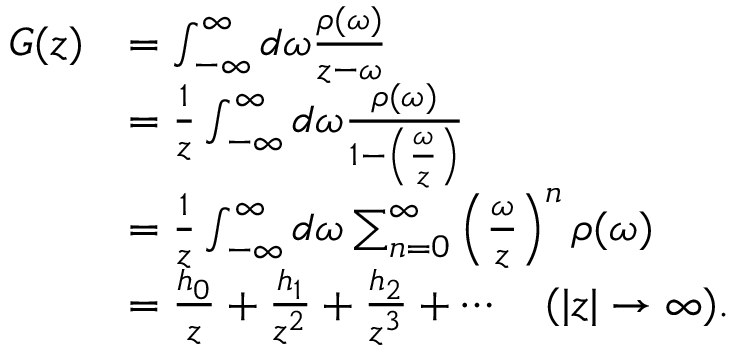
\begin{array} { r l } { G ( z ) } & { = \int _ { - \infty } ^ { \infty } d \omega \frac { \rho ( \omega ) } { z - \omega } } \\ & { = \frac { 1 } { z } \int _ { - \infty } ^ { \infty } d \omega \frac { \rho ( \omega ) } { 1 - \left( \frac { \omega } { z } \right) } } \\ & { = \frac { 1 } { z } \int _ { - \infty } ^ { \infty } d \omega \sum _ { n = 0 } ^ { \infty } \left( \frac { \omega } { z } \right) ^ { n } \rho ( \omega ) } \\ & { = \frac { h _ { 0 } } { z } + \frac { h _ { 1 } } { z ^ { 2 } } + \frac { h _ { 2 } } { z ^ { 3 } } + \cdots \quad ( | z | \rightarrow \infty ) . } \end{array}